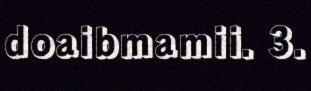
doaibmamii. 3.